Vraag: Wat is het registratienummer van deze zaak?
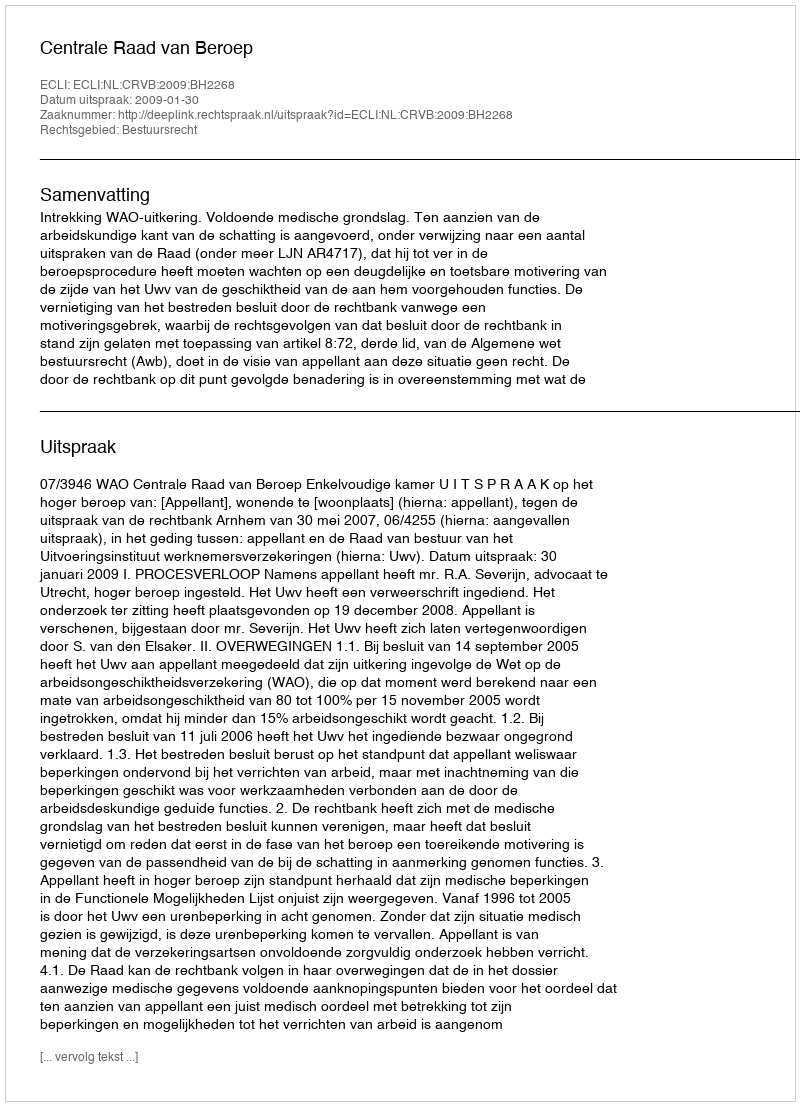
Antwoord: http://deeplink.rechtspraak.nl/uitspraak?id=ECLI:NL:CRVB:2009:BH2268